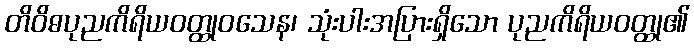
တိဝိဓပုညကိရိယဝတ္ထုဝသေန၊ သုံးပါးအပြားရှိသော ပုညကိရိယဝတ္ထု၏